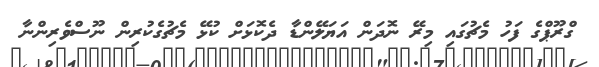
ގްރޫޕްގެ ފަހު މެޗުގައި މިރޭ ނޮދަން އަޔަލޭންޑާ ދެކޮޅަށް ކުޅޭ މެޗުގެކުރިން ނޫސްވެރިންނާ